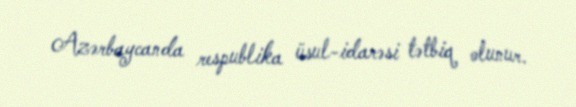
Azərbaycanda respublika üsul-idarəsi tətbiq olunur.